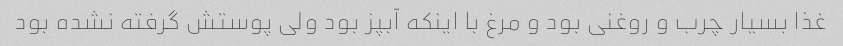
غذا بسیار چرب و روغنی بود و مرغ با اینکه آبپز بود ولی پوستش گرفته نشده بود